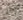
رجل